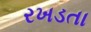
રખડતા